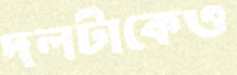
দলটাকেও